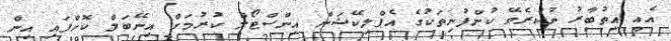
އެއީ އިތުބާރު ނުކުރެވޭ ކުންފުނިތަކުގެ އެޕްލިކޭޝަން އިންސްޓޯލް ކުރުމަށް އިނޭބަލް ކޮށްފައި އިން